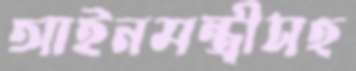
আইনমন্ত্রীসহ